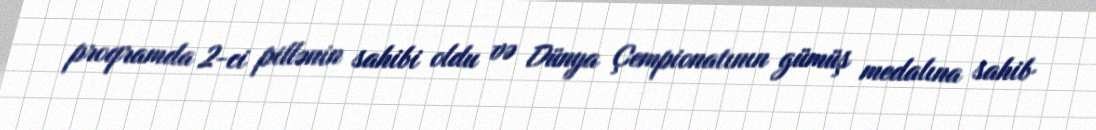
proqramda 2-ci pillənin sahibi oldu və Dünya Çempionatının gümüş medalına sahib